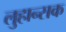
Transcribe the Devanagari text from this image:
लुहान्सक